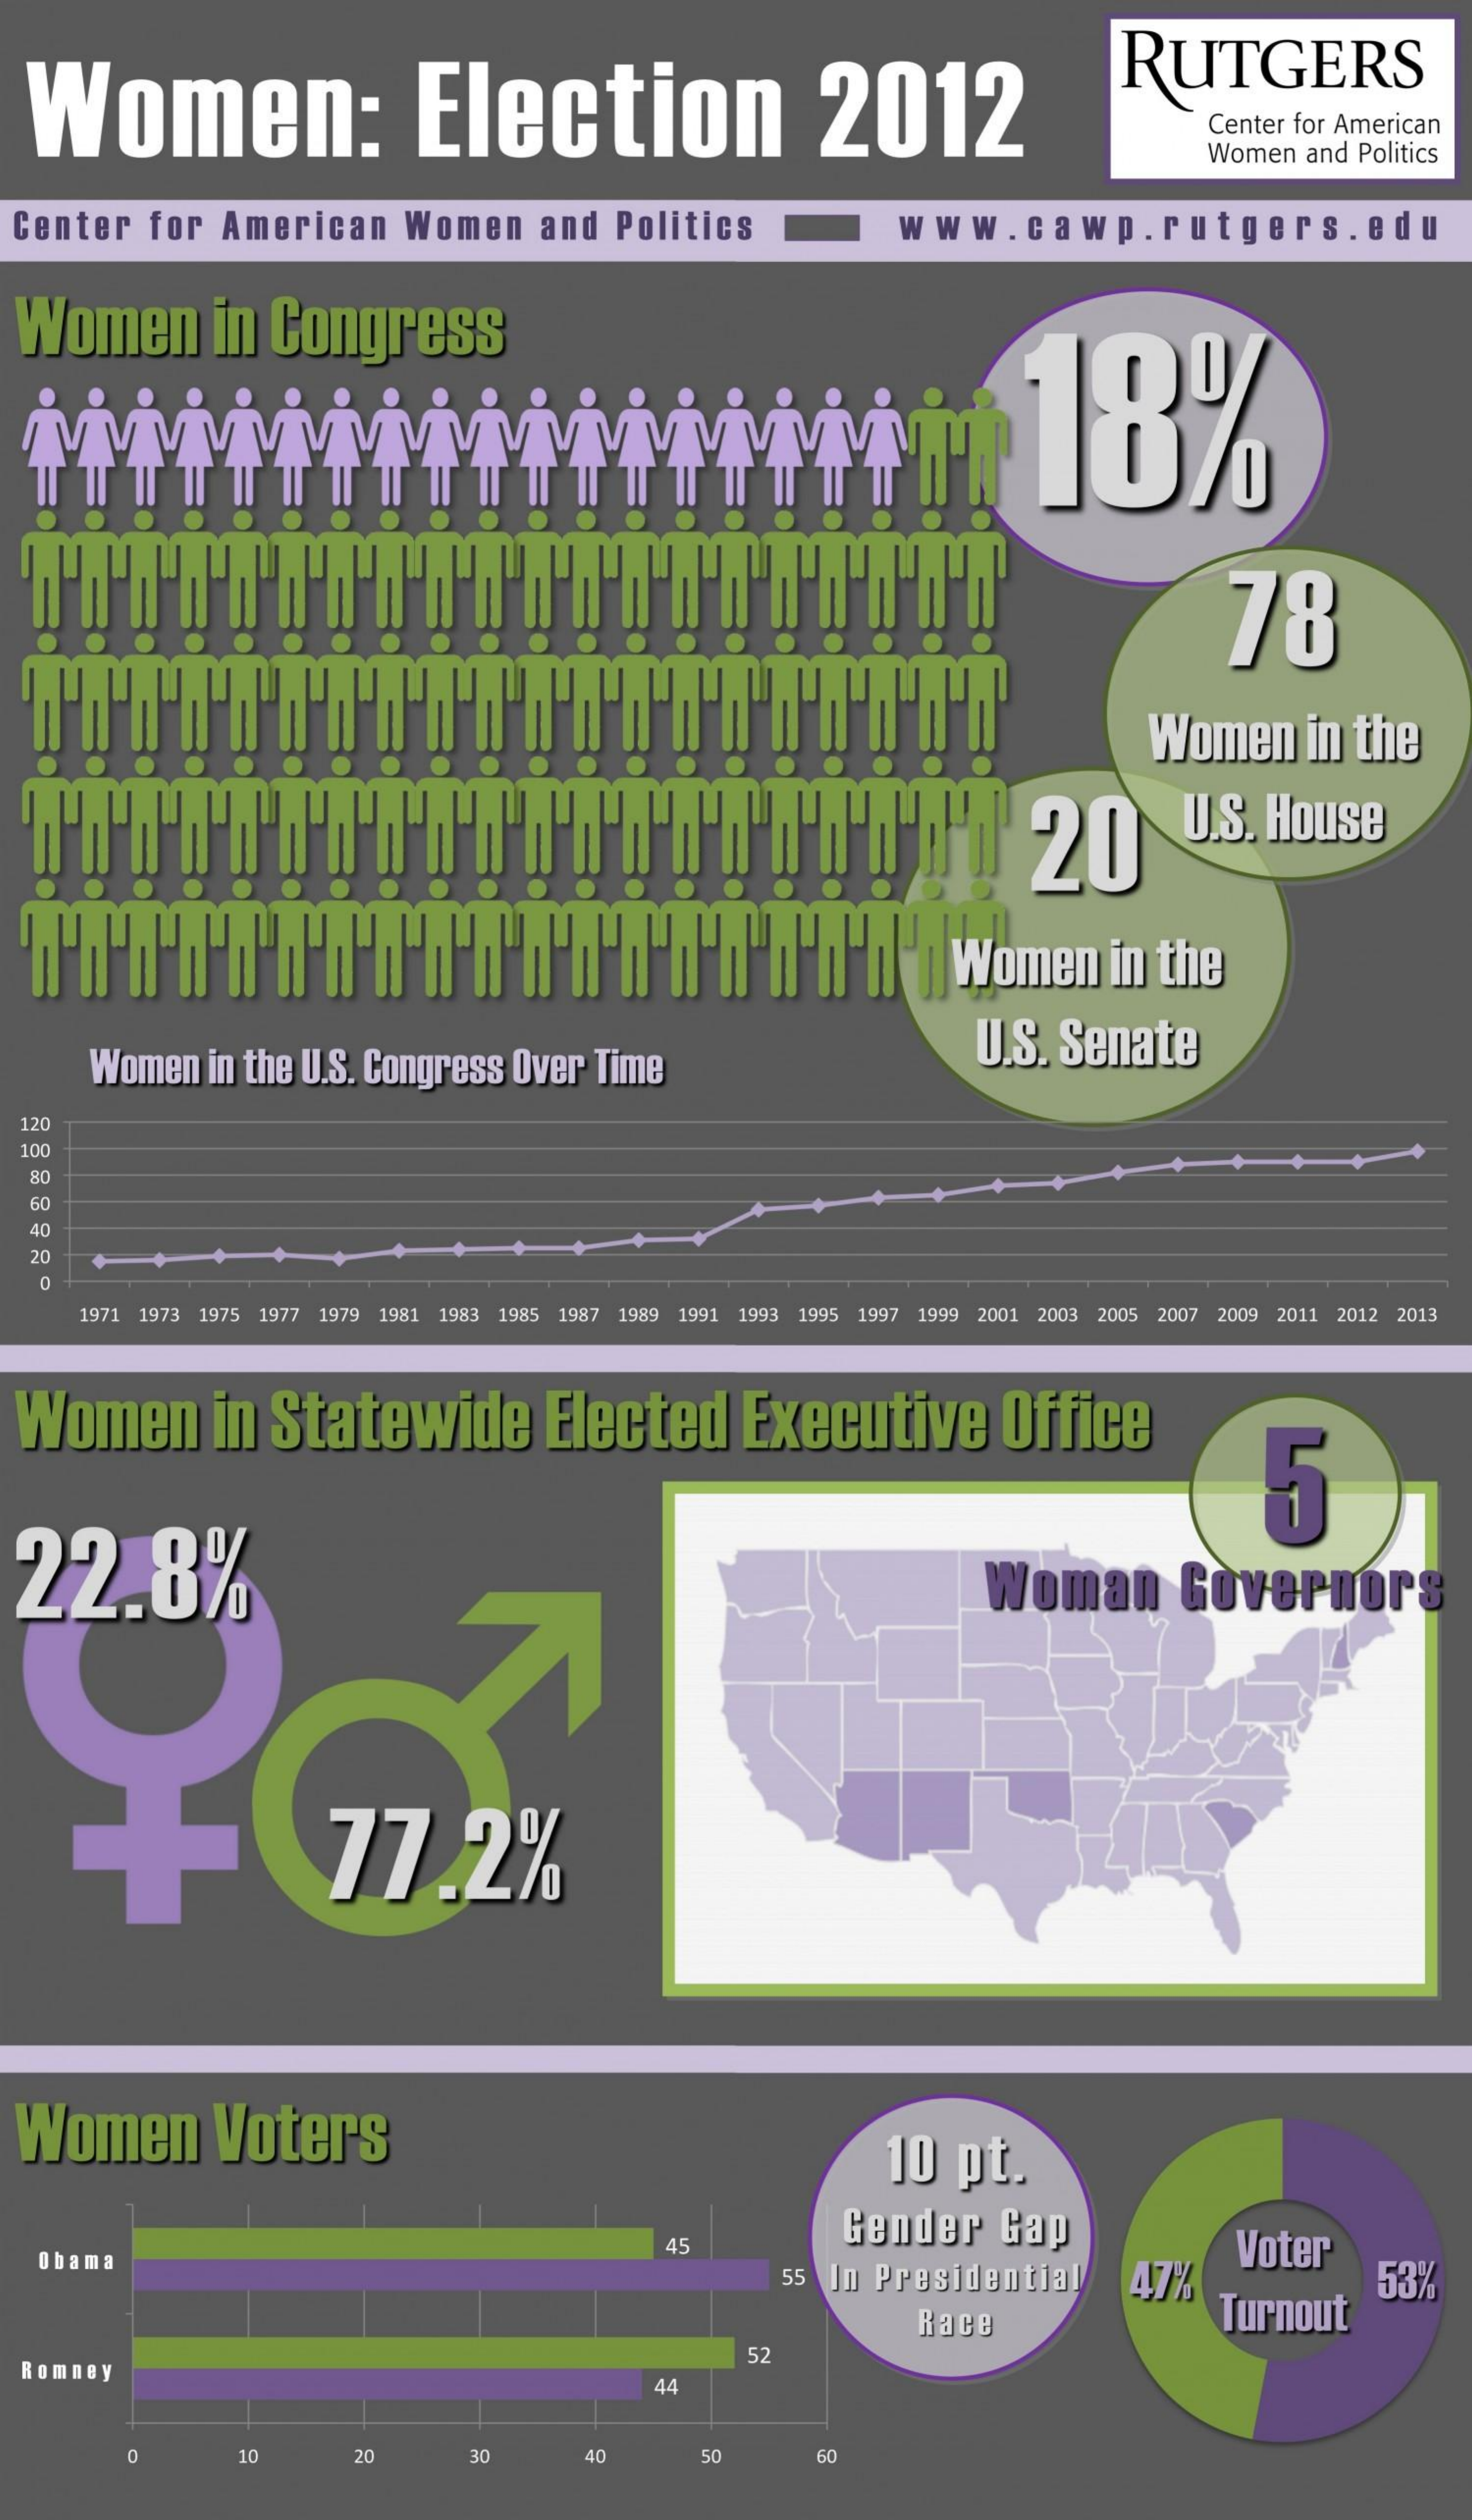
Women:    Election    2012
     RUTGERS
     Center for American
     Women and Politics
  Center  for  American    Women    and  Politics    www.cawp.    rutgers.edu
  Women    in  Congress
     18%
     78
     Women    in  the
     20    U.S. House
     1'n'  | Women    in the
     Women   in the U.S. Congress Over Time    U.S. Senate
  120
  100
  80
  60
  40
  20
     1971 1973 1975 1977 1979 1981 1983 1985 1987 1989 1991 1993 1995 1997 1999 2001 2003 2005 2007 2009 2011 2012 2013
  Women    in  Statewide    Elected    Executive    Office
  22.8%
     5
     Woman    Governors
     77.2%
  Women    Voters    10  pt.
     Gender    Gap
   Obama
     45
     55 In Presidential    4,7%
     Voter
     Turnout
     53%
     Race
  Romney
     52
     44
     10    20    30    40    50    60